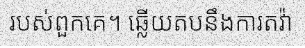
របស់ពួកគេ។ ឆ្លើយតបនឹងការតវ៉ា